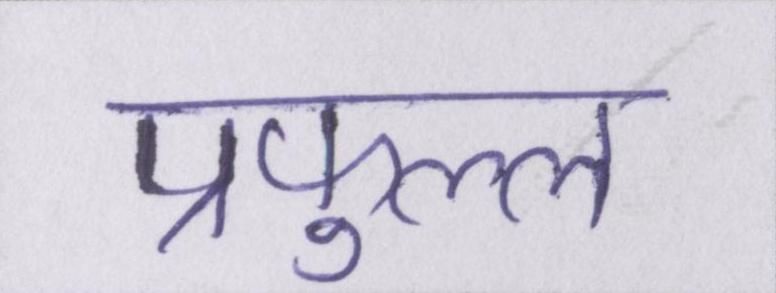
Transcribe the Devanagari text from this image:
प्रफुल्ल